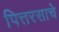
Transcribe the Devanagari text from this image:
पित्तरसाचे